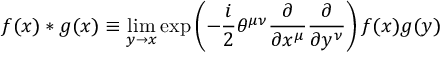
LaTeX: f ( x ) * g ( x ) \equiv \operatorname * { l i m } _ { y \rightarrow x } \exp \left( - \frac { i } { 2 } \theta ^ { \mu \nu } \frac { \partial } { \partial x ^ { \mu } } \frac { \partial } { \partial y ^ { \nu } } \right) f ( x ) g ( y )